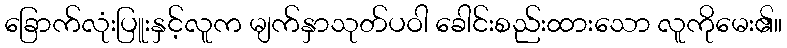
ခြောက်လုံးပြူးနှင့်လူက မျက်နှာသုတ်ပဝါ ခေါင်းစည်းထားသော လူကိုမေး၏။